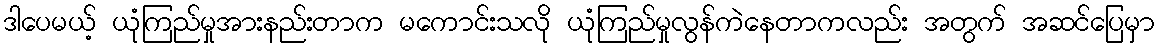
ဒါပေမယ့် ယုံကြည်မှုအားနည်းတာက မကောင်းသလို ယုံကြည်မှုလွန်ကဲနေတာကလည်း အတွက် အဆင်ပြေမှာ